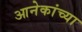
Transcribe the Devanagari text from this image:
आनेकांच्या